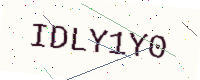
Text: IDLY1Y0